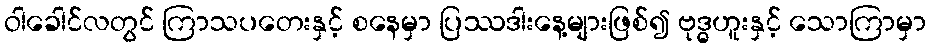
ဝါခေါင်လတွင် ကြာသပတေးနှင့် စနေမှာ ပြဿဒါးနေ့များဖြစ်၍ ဗုဒ္ဓဟူးနှင့် သောကြာမှာ